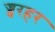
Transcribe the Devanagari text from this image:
ज्वरहर